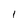
Character: 1